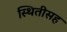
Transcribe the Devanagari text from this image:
स्थितीसह